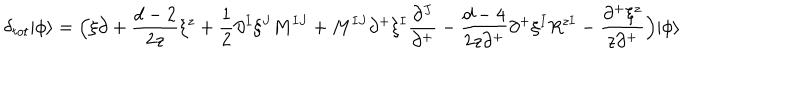
\delta _ { t o t } | \phi \rangle = \Bigl ( \xi \partial + \frac { d - 2 } { 2 z } \xi ^ { z } + \frac { 1 } { 2 } \partial ^ { I } \xi ^ { J } M ^ { I J } + M ^ { I J } \partial ^ { + } \xi ^ { I } \frac { \partial ^ { J } } { \partial ^ { + } } - \frac { d - 4 } { 2 z \partial ^ { + } } \partial ^ { + } \xi ^ { I } R ^ { z I } - \frac { \partial ^ { + } \xi ^ { z } } { z \partial ^ { + } } \Bigr ) | \phi \rangle